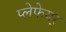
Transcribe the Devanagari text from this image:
प्लेफेयर्